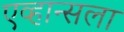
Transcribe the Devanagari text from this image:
एव्हान्सला